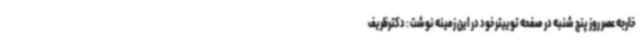
خارجه عصر روز پنج شنبه در صفحه توییتر خود در این زمینه نوشت : دکترظریف